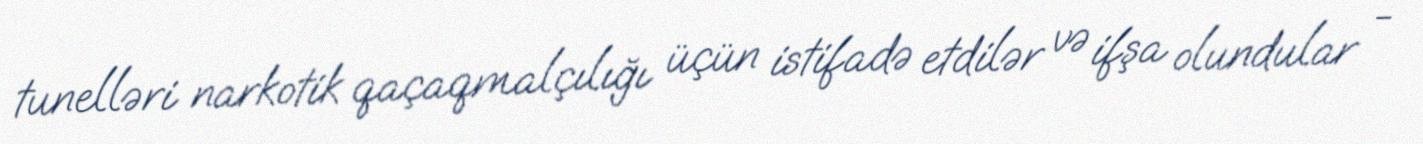
tunelləri narkotik qaçaqmalçılığı üçün istifadə etdilər və ifşa olundular -